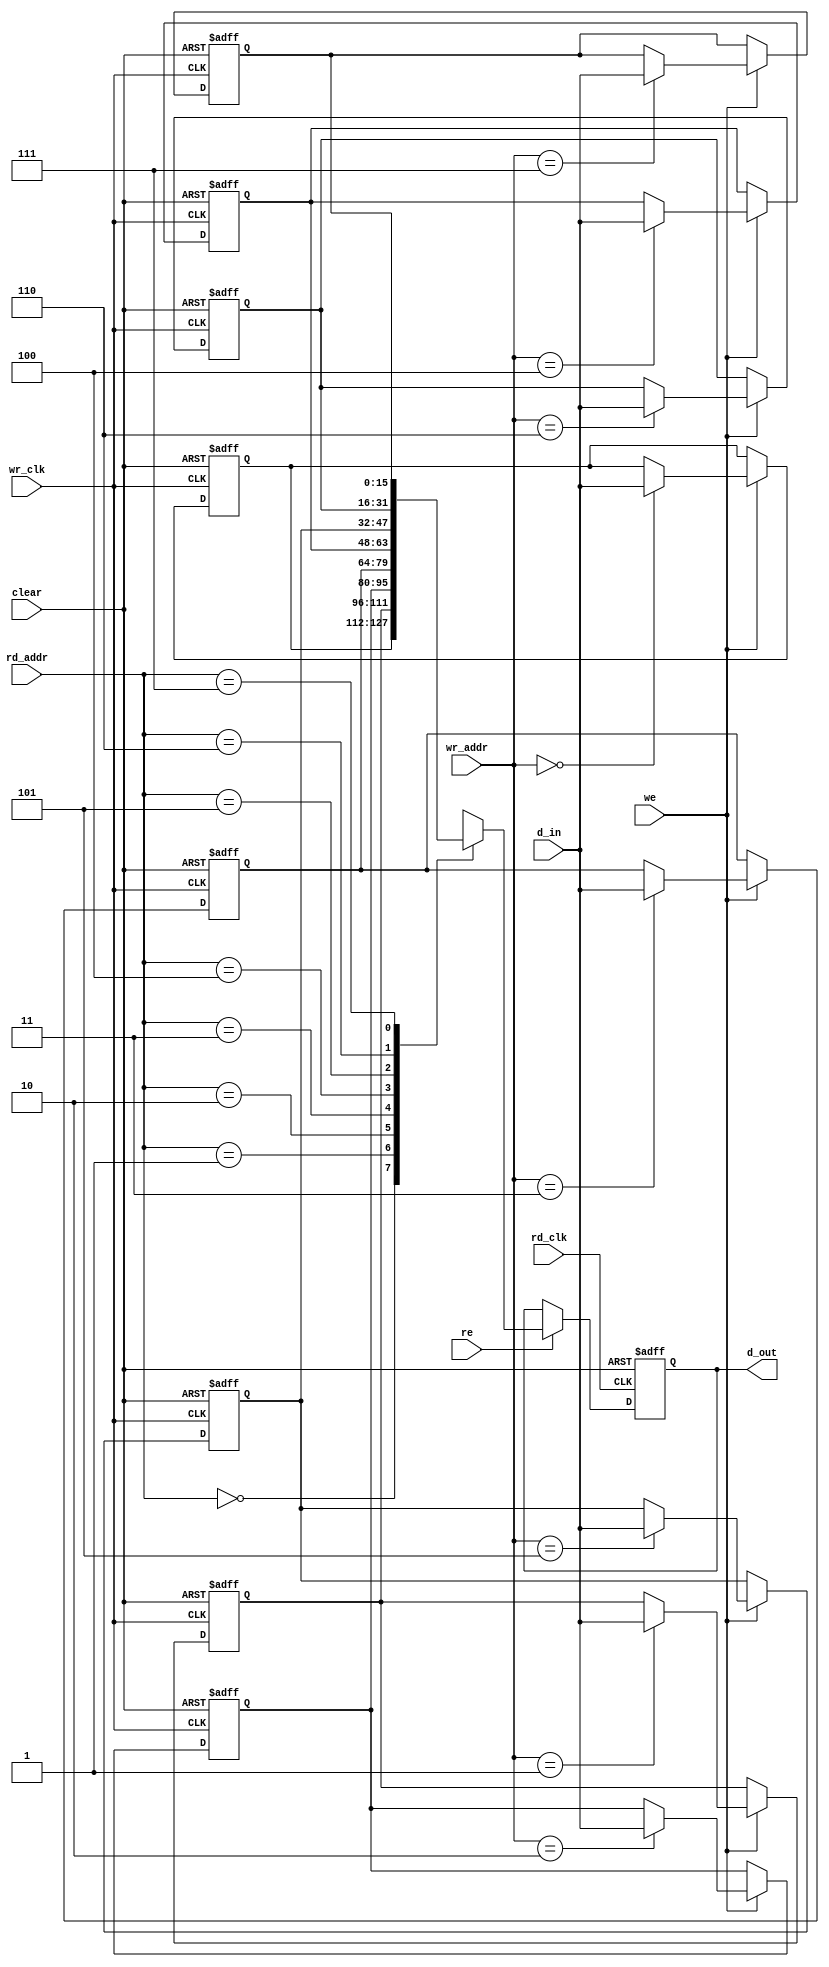
module asyn_dual_8x16ram(d_out,d_in,clear,wr_clk,rd_clk,we,re,wr_addr,rd_addr);

    parameter DATA_WIDTH =16,
            DATA_DEPTH=8,
            DATA_ADDR=3 ;

    output reg [DATA_WIDTH-1:0]d_out;

    input [DATA_WIDTH-1:0]d_in;
    input [DATA_ADDR-1:0]wr_addr,rd_addr;
    input clear,wr_clk,rd_clk,we,re;

    reg [DATA_WIDTH-1:0]ram[0:DATA_DEPTH-1];

    integer i;
    // write operation
    always @(posedge wr_clk,posedge clear) 
        begin
        if (clear==1)
            begin
              for(i=0;i<DATA_DEPTH;i=i+1)
                ram[i]<=0;
            end
        else if(we==1)
            ram[wr_addr]<=d_in;

        end
    //read operation
    always @(posedge rd_clk,posedge clear) 
        begin
            if(clear==1)
                 d_out<=16'h0000;
            else if (re==1) 
            begin
                d_out<=ram[rd_addr];    
            end
        end
endmodule